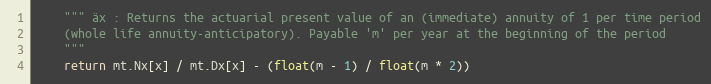
Language: Python
    """ äx : Returns the actuarial present value of an (immediate) annuity of 1 per time period
    (whole life annuity-anticipatory). Payable 'm' per year at the beginning of the period
    """
    return mt.Nx[x] / mt.Dx[x] - (float(m - 1) / float(m * 2))